Vaccine operations Central Provinces 1868-1885 - 1868-1885
Year: 1868
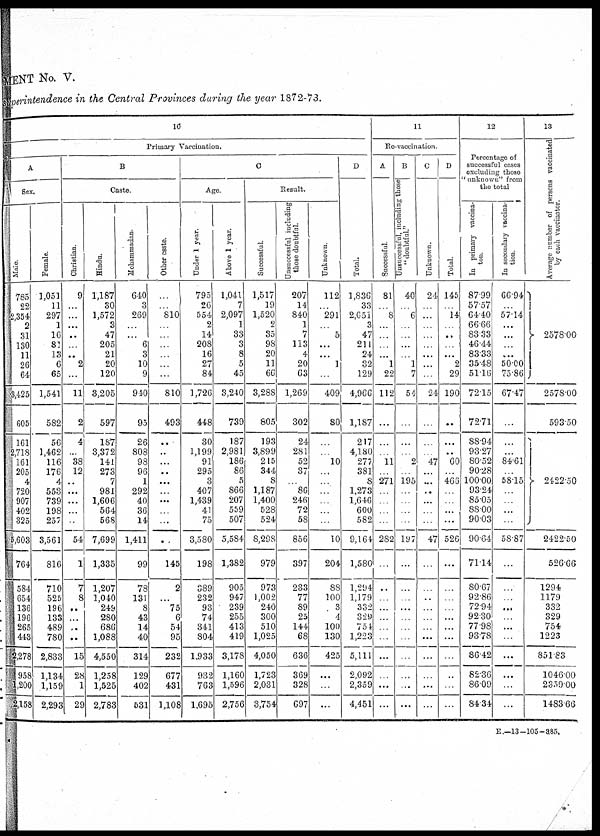
MENT No. V.
superintendence in the Central Provinces during the year 1872-73.
10
Primary Vaccination.
A
Sex,
Male
785
22
2,354
2
31
130
11
26
64
3,425
605
161
2,718
161
205
4
720
907
402
325
5,603
764
584
654
136
196
265
443
2,278
958
1,200
2,158
Female.
1,051
11
297
1
16
81
13
6
65
1,541
582
56
1,462
116
176
4
553
739
198
257
3,561
816
710
525
196
133
489
780
2,833
1,134
1,159
2,293
B
Caste.
Christian.
9
...
...
...
..
...
...
2
...
11
2
4
...
38
12
..
...
...
...
...
54
1
7
8
...
...
...
. .
15
28
1
29
Hindu.
1,187
30
1,572
3
47
205
21
20
120
3,205
597
187
3,372
141
273
7
981
1,606
564
568
7,699
1,335
1,207
1,040
249
280
686
1,088
4,550
1,258
1,525
2,783
Mohammadan.
640
3
269
...
...
6
3
10
9
940
95
26
808
98
96
1
292
40
36
14
1,411
99
78
131
8
43
14
40
314
129
402
631
Other caste.
...
...
810
...
...
...
...
...
...
810
493
...
...
...
...
...
...
...
...
...
...
145
2
. ..
75
6
54
95
232
677
431
1,108
C
Age.
Under 1 year.
795
26
554
2
14
208
16
27
84
1,726
448
30
1,199
91
295
3
407
1,439
41
75
3,580
198
389
232
93
74
341
804
1,933
932
763
1,695
Above 1 year.
1,041
7
2,097
1
33
3
8
5
45
3,240
739
187
2,981
186
86
5
866
207
559
507
5,584
1,382
905
947
239
255
413
419
3,178
1,160
1,596
2,756
Result.
Successful.
1,517
19
1,520
2
35
98
20
11
66
3,288
805
193
3,899
215
344
8
1,187
1,400
528
524
8,298
979
973
1,002
240
300
510
1,025
4,050
1,723
2,031
3,754
Unsuccessful including
those doubtful.
207
14
840
1
7
113
4
20
63
1,269
302
24
281
52
37
...
86
246
72
58
856
397
233
77
89
25
144
68
636
369
328
697
Unknown.
112
...
291
...
5
...
...
1
...
409
80
...
...
10
...
...
...
...
...
...
10
204
88
100
3
4
100
130
425
. . .
...
...
D
Total.
1,836
33
2,651
3
47
211
24
32
129
4,966
1,187
217
4,180
277
381
8
1,273
1,646
600
582
9,164
1,580
1,294
1,179
332
329
754
1,223
5,111
2,092
2,359
4,451
11
Re-vaccination
A
Successful.
81
...
8
...
...
...
...
1
22
112
...
...
...
11
...
271
...
...
...
...
282
...
..
...
...
...
...
...
...
...
...
...
B
Unsuccessful, including those
" doubtful."
40
...
6
...
...
...
...
1
7
54
...
...
...
2
...
195
...
...
...
...
197
...
...
...
...
..
...
...
...
...
...
...
C
Unknown.
24
...
...
...
...
...
...
...
...
24
...
...
...
47
...
...
...
...
...
...
47
...
...
...
...
...
...
...
...
...
...
...
D
Total
145
...
14
..
...
...
...
2
29
190
...
...
...
60
...
466
...
...
...
...
526
...
...
...
...
...
...
...
...
..
...
...
12
Percentage of
successful cases
excluding those
" unknown" from
the total
In primary vaccina-
ton.
87.99
57.57
64.40
66.66
83.33
46.44
83.33
35.48
51.16
72.15
72.71
88.94
93.27
80.52
90.28
100.00
93.24
85.05
88.00
90.03
90.64
71.14
80.67
92.86
72.94
92.30
77.98
9378
86.42
82.36
86.09
84. 34
In secondary vaccina-
tion.
66.94
...
57.14
...
...
...
...
50.00
75.86
67.47
...
...
...
84.61
...
58.15
...
...
...
...
58.87
...
...
...
...
...
...
...
...
...
...
13
Average number of persons vaccinated
by each vaccinator.
2578.00
2578.00
593.50
2422.50
2422.50
526.66
1294
1179
332
329
754
1223
851.83
1046.00
2359.00
1483.66
E.—13-105-385.